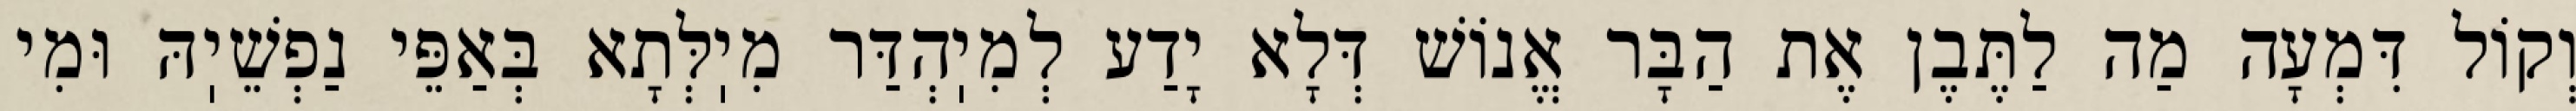
וְקוֹל דִּמְעָה מַה לַתֶּבֶן אֶת הַבָּר אֱנוֹשׁ דְּלָא יָדַע לְמִיֽהְדַּר מִיֽלְּתָא בְּאַפֵּי נַפְשֵׁיֽהּ וּמִי